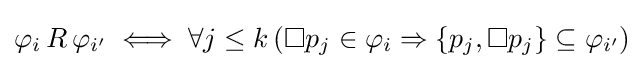
\varphi _{i}\,R\,\varphi _{i'}\iff \forall j\leq k\,(\Box p_{j}\in \varphi _{i}\Rightarrow \{p_{j},\Box p_{j}\}\subseteq \varphi _{i'})